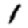
Digit: 1